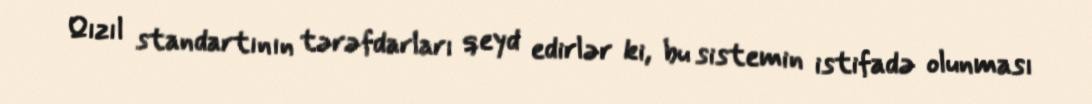
Qızıl standartının tərəfdarları qeyd edirlər ki, bu sistemin istifadə olunması